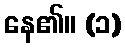
နေ၏။ (၁)